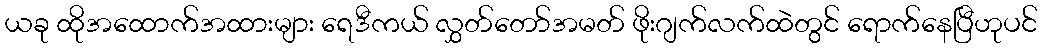
ယခု ထိုအထောက်အထားများ ရေဒီကယ် လွှတ်တော်အမတ် ဖိုးဂျက်လက်ထဲတွင် ရောက်နေပြီဟုပင်